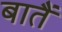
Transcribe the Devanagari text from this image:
बातैं